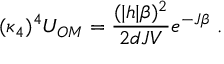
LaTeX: ( \kappa _ { 4 } ) ^ { 4 } U _ { O M } = \frac { ( | h | \beta ) ^ { 2 } } { 2 d J V } e ^ { - J \beta } \; .